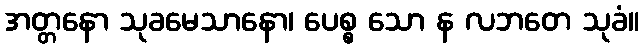
အတ္တနော သုခမေသာနော၊ ပေစ္စ သော န လဘတေ သုခံ။